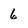
Character: 6